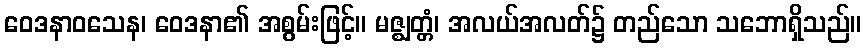
ဝေဒနာဝသေန၊ ဝေဒနာ၏ အစွမ်းဖြင့်။ မဇ္ဈတ္တံ၊ အလယ်အလတ်၌ တည်သော သဘောရှိသည်။